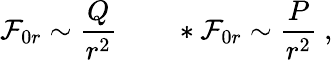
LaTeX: {\cal F}_{0r}\sim{\frac{Q}{r^{2}}}\qquad*{\cal F}_{0r}\sim{\frac{P}{r^{2}}}\ ,